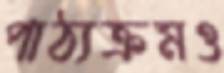
পাঠ্যক্রমও